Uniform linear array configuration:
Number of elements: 32
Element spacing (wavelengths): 0.75
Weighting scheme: hann
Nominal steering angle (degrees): -15
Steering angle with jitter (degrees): -14.164
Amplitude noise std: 0.05
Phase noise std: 0.05

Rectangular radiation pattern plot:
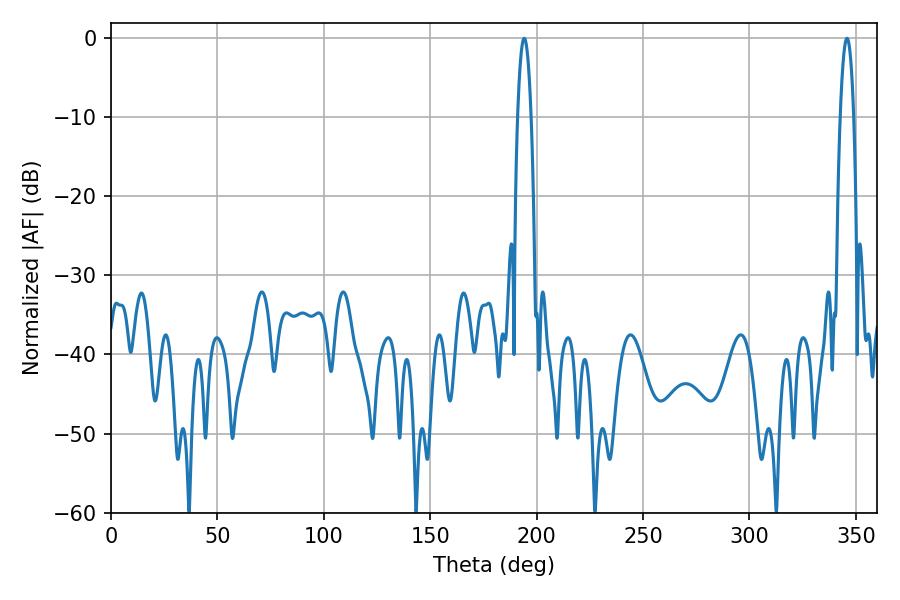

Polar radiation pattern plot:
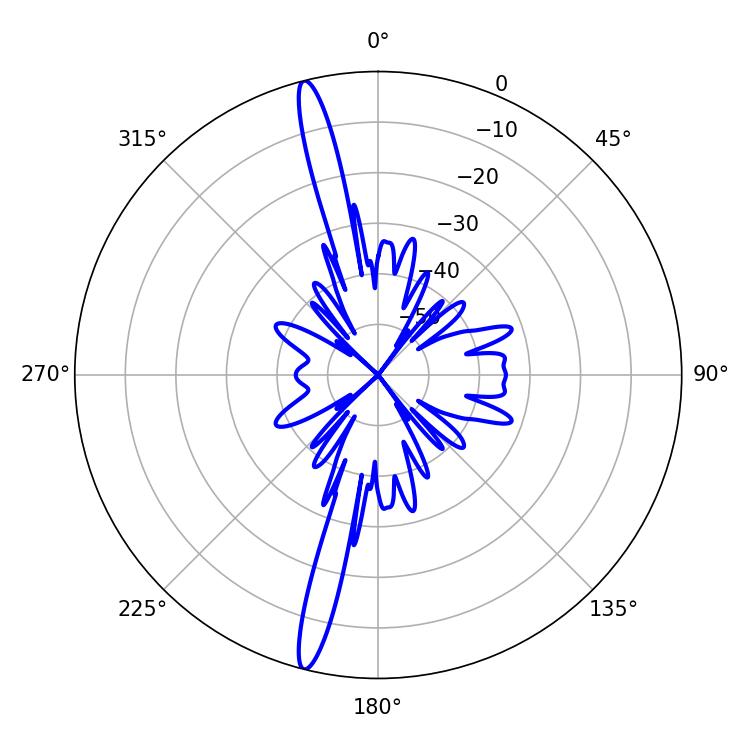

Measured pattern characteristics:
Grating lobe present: TRUE
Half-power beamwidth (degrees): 3.42
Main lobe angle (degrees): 194.22